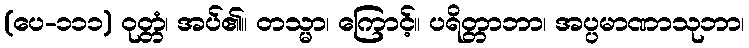
(ပေ-၁၁၁) ဝုတ္တံ၊ အပ်၏။ တသ္မာ၊ ကြောင့်။ ပရိတ္တာဘာ၊ အပ္ပမာဏာသုဘာ၊